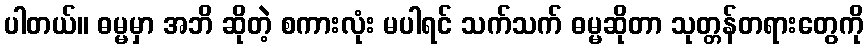
ပါတယ်။ ဓမ္မမှာ အဘိ ဆိုတဲ့ စကားလုံး မပါရင် သက်သက် ဓမ္မဆိုတာ သုတ္တန်တရားတွေကို